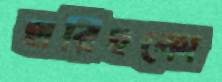
হারিহুকো